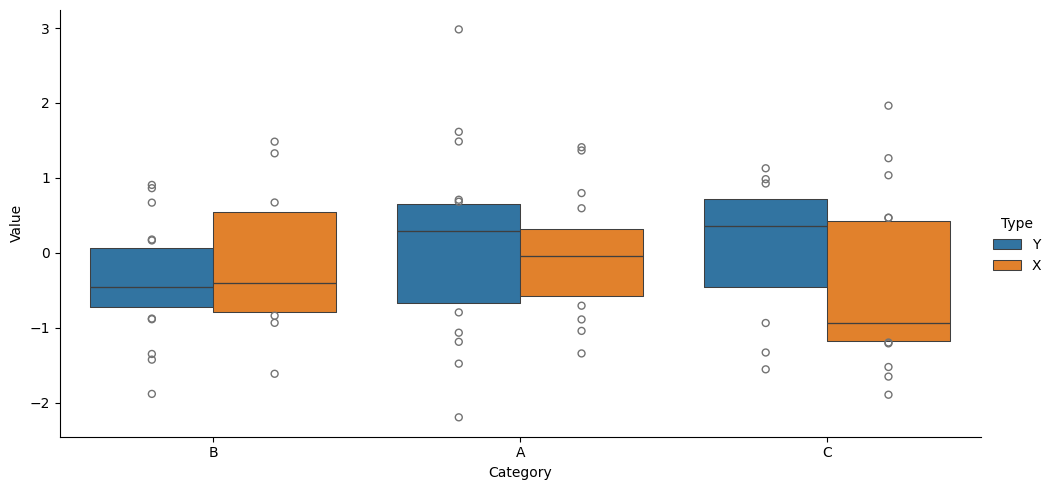
python, seaborn, catplot, kind='boxen', height=5, aspect=2